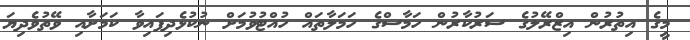
މީގެ އިތުރުން އިޒްރޭލުގެ ސަރުކާރުން ހަމާސްގެ ހަމަލާތައް ހުއްޓުވުމަށް ނުކުޅެދިފައިވާ ކަމަށާއި ވޭތުވެދިޔަ